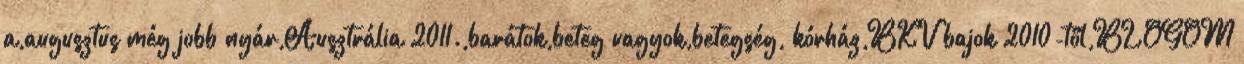
a,augusztus még jobb nyár,Ausztrália 2011.,barátok,beteg vagyok,betegség, kórház,BKV bajok 2010-től,BLOGOM